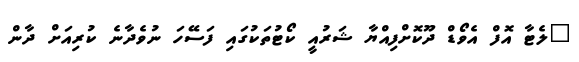
"ލެޓާ އޮފް އެވޯޑް ދޫކޮށްފިއްޔާ ޝަރުއީ ކޯޓުތަކުގައި ފަސޭހަ ނުވެދާނެ ކުރިއަށް ދާން